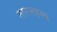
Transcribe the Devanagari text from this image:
तारासहस्स्र